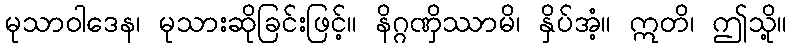
မုသာဝါဒေန၊ မုသားဆိုခြင်းဖြင့်။ နိဂ္ဂဏှိဿာမိ၊ နှိပ်အံ့။ ဣတိ၊ ဤသို့။